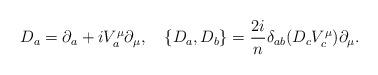
LaTeX: \begin{align*}D_a=\partial_a + i V_a^\mu \partial_\mu,\quad\{ D_a, D_b\} = {2i\over n} \delta_{ab}(D_c V^\mu_c)\partial_\mu.\end{align*}